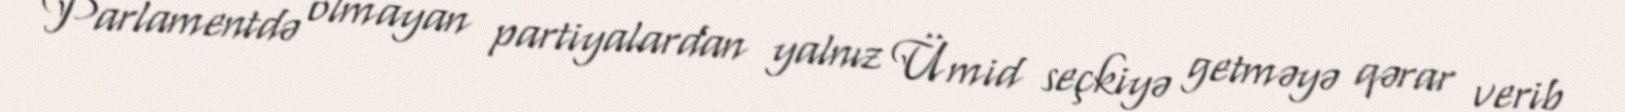
Parlamentdə olmayan partiyalardan yalnız Ümid seçkiyə getməyə qərar verib